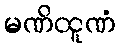
မဏိထူဏံ